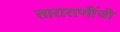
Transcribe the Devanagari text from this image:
ताराराणींची